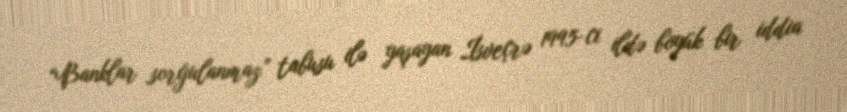
“Banklar sorğulanmaz” tabusu ilə yaşayan İsveçrə 1995-ci ildə böyük bir iddia